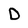
Character: D